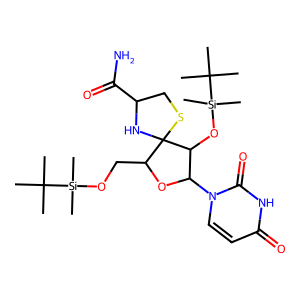
SMILES: CC(C)(C)[Si](C)(C)OCC1OC(n2ccc(=O)[nH]c2=O)C(O[Si](C)(C)C(C)(C)C)C12NC(C(N)=O)CS2
Inhibits HIV replication: No